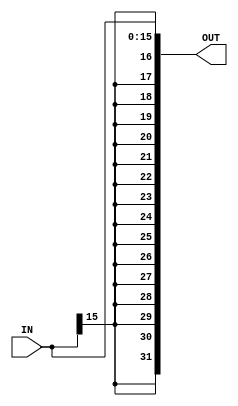
module Sign_Extend #(parameter DATA_IN = 16 , DATA_OUT = 32 )
(
 input   [DATA_IN  - 1 : 0]  IN ,
 output  [DATA_OUT - 1 : 0]  OUT 
);

assign OUT = { {DATA_IN{IN[DATA_IN-1]} } , IN } ;  
   //assign OUT =  { { 16 {1'b1} } ,Instr };
endmodule